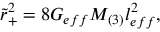
\tilde { r } _ { + } ^ { 2 } = 8 G _ { e f f } M _ { ( 3 ) } l _ { e f f } ^ { 2 } ,